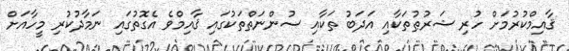
ޤާއިމްކުރުމަށް ހުރި ޝަރުޠުތަކާއި އަދަބު ތަކާއި ސުންނަތްތަކުގައި ޤާއިމްވެ އެގޮތުގައި ނަމާދުކުރި މީހާއަށް